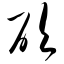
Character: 砍